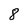
Character: 8